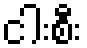
ငါးစီး